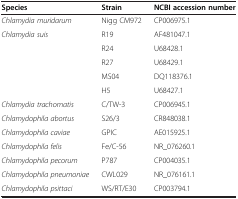
<table><thead><tr><td><b>Species</b></td><td><b>Strain</b></td><td><b>NCBI accession number</b></td></tr></thead><tbody><tr><td><i>Chlamydia muridarum</i></td><td>Nigg CM972</td><td>CP006975.1</td></tr><tr><td rowspan="5"><i>Chlamydia suis</i></td><td>R19</td><td>AF481047.1</td></tr><tr><td>R24</td><td>U68428.1</td></tr><tr><td>R27</td><td>U68429.1</td></tr><tr><td>MS04</td><td>DQ118376.1</td></tr><tr><td>H5</td><td>U68427.1</td></tr><tr><td><i>Chlamydia trachomatis</i></td><td>C/TW-3</td><td>CP006945.1</td></tr><tr><td><i>Chlamydophila abortus</i></td><td>S26/3</td><td>CR848038.1</td></tr><tr><td><i>Chlamydophila caviae</i></td><td>GPIC</td><td>AE015925.1</td></tr><tr><td><i>Chlamydophila felis</i></td><td>Fe/C-56</td><td>NR_076260.1</td></tr><tr><td><i>Chlamydophila pecorum</i></td><td>P787</td><td>CP004035.1</td></tr><tr><td><i>Chlamydophila pneumoniae</i></td><td>CWL029</td><td>NR_076161.1</td></tr><tr><td><i>Chlamydophila psittaci</i></td><td>WS/RT/E30</td><td>CP003794.1</td></tr></tbody></table>